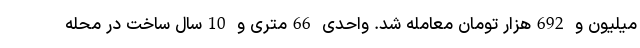
میلیون و 692هزار تومان معامله شد. واحدی 66متری و 10سال ساخت در محله